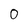
Character: O